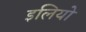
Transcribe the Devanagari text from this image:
इलियो